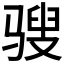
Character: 𩨄